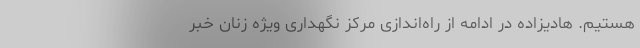
هستیم. هادیزاده در ادامه از راه‌اندازی مرکز نگهداری ویژه زنان خبر